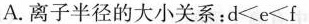
A.离子半径的大小关系：$$d < e < f$$